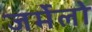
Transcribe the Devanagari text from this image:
जर्मेलो